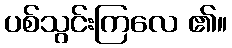
ပစ်သွင်းကြလေ ၏။